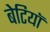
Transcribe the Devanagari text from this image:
बेटियाॅ